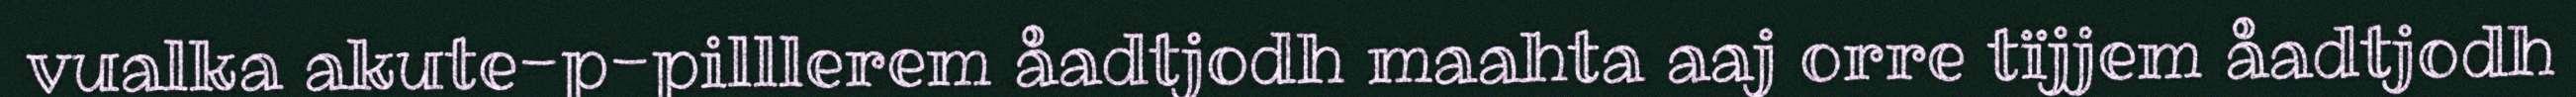
vualka akute-p-pilllerem åadtjodh maahta aaj orre tïjjem åadtjodh